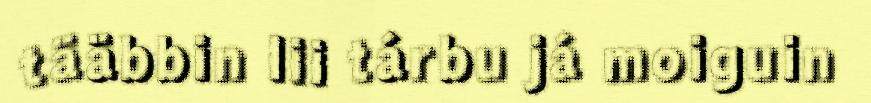
tääbbin lii tárbu já moiguin